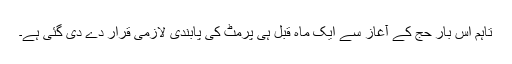
تاہم اس بار حج کے آغاز سے ایک ماہ قبل ہی پرمٹ کی پابندی لازمی قرار دے دی گئی ہے۔